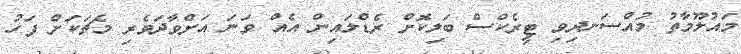
މައުލޫމާތު މުއްސަނދިވި ޓީރެކްސް ބަލިކޮށް ރެޑްލައިން އެއް ވަނަ އަށްވާދަވެރި މެޗަކަށް ފަހު